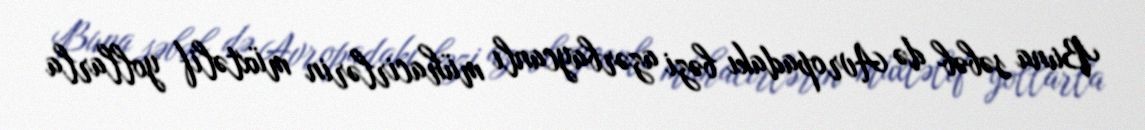
Buna səbəb də Avropadakı bəzi azərbaycanlı mühacirlərin müxtəlif yollarla